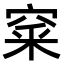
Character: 𥦓